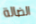
الضالة